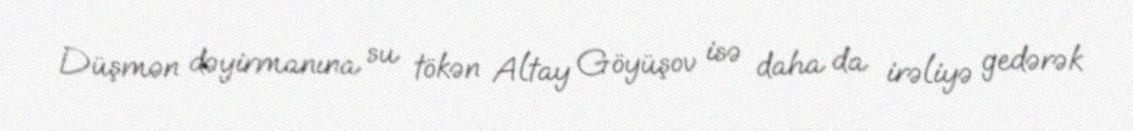
Düşmən dəyirmanına su tökən Altay Göyüşov isə daha da irəliyə gedərək